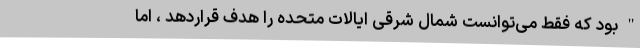
" بود که فقط می‌توانست شمال شرقی ایالات متحده را هدف قراردهد ، اما